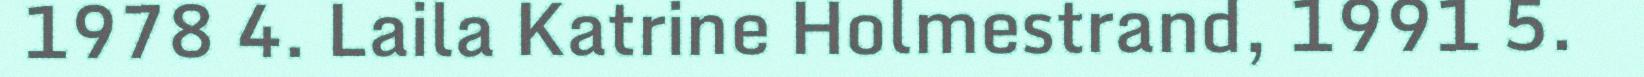
1978 4. Laila Katrine Holmestrand, 1991 5.